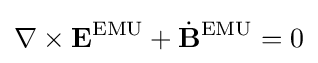
\nabla \times \mathbf {E} ^{\text{EMU}}+{\dot {\mathbf {B} }}^{\text{EMU}}=0